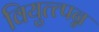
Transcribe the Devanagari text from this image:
वियुत्त्पन्न